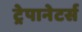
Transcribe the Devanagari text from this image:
ट्रेपानेटर्स